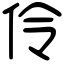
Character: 伶